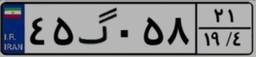
۹۹گ۸۵۷۴۶